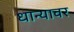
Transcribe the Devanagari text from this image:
धान्यावर